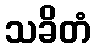
သခိတံ